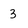
Character: 3